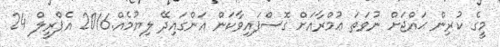
މީގެ ކުރިން ޙައްޖަށް ނުވަތަ ޢުމްރާއަށް ގޮސްފައިވާކަން އަންގައިދޭ ލިޔުމެއް.2016 އެޕްރީލް 24